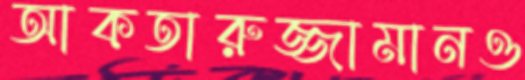
আকতারুজ্জামানও